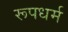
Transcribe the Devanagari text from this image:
रूपधर्म